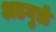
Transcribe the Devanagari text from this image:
अडगुळे